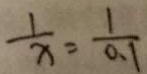
\frac { 1 } { x } = \frac { 1 } { 0 . 1 }